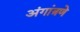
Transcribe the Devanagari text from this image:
अंगांत्रणे